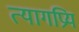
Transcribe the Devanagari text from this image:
त्यागप्रियं